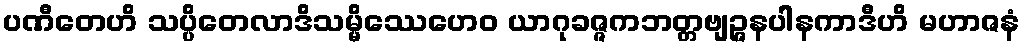
ပဏီတေဟိ သပ္ပိတေလာဒိသမ္မိဿေဟေဝ ယာဂုခဇ္ဇကဘတ္တဗျဉ္ဇနပါနကာဒီဟိ မဟာဇနံ